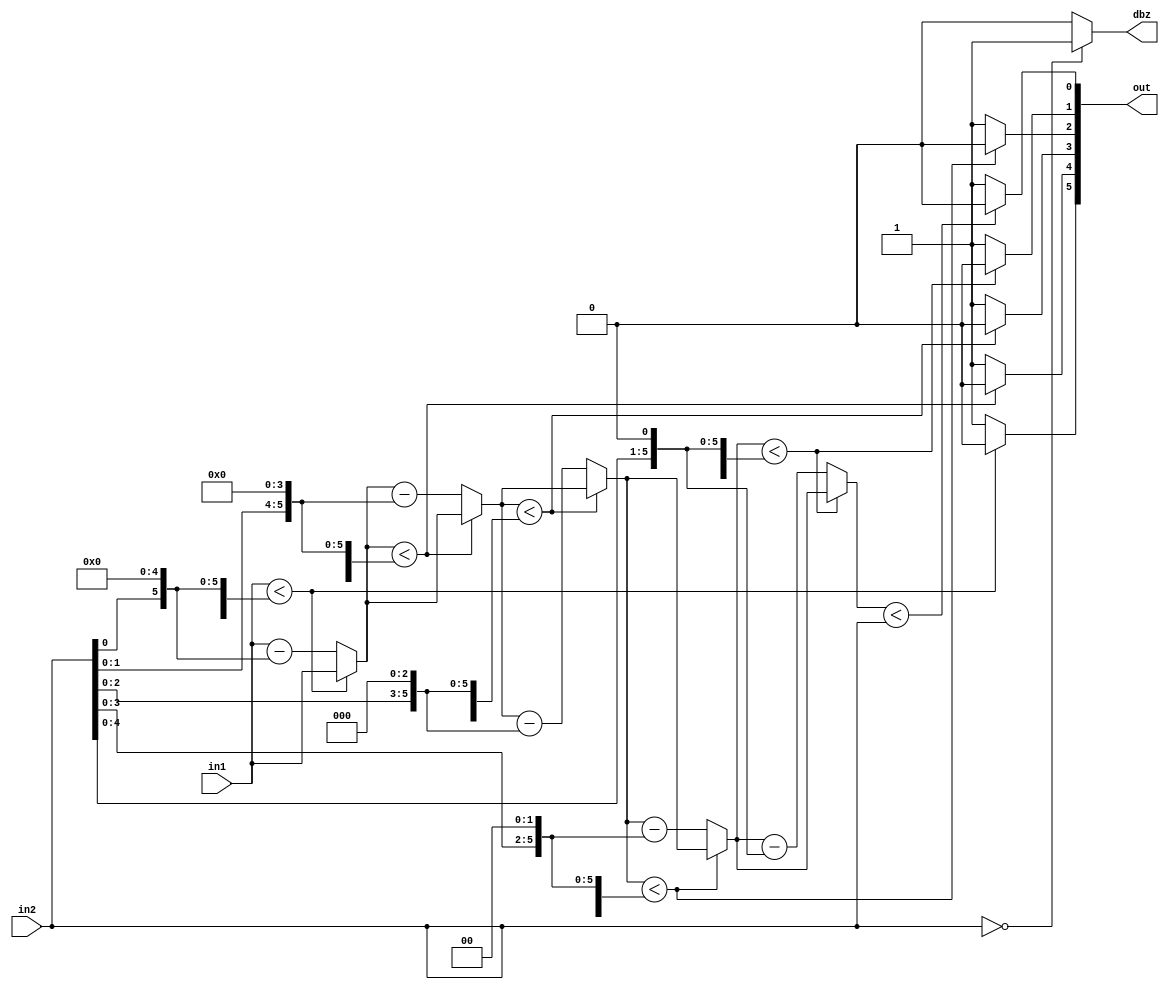
`timescale 1ns / 10ps
module div(out, in1, in2, dbz);

parameter width = 6;

input  	[width-1:0] in1; // Dividend   
input  	[width-1:0] in2; // Divisor
output  [width-1:0] out; // Quotient
output dbz;

/********************************/

reg [width-1:0] out;
reg [width-1:0] in1_;
reg [width-1:0] in3,in4,in5,in6,in7,in8;
reg [10:0] in2_;


assign dbz=(in2==0)?1:0;


 always@(*)
  begin
   
   in1_=in1;
   in2_={in2,5'b0};  
  
  end
   
   
always@(*)
    
    if(in1_<in2_)
        begin
        out[5]=0;
        in3=in1_;
        end
    else
      begin
        out[5]=1;
        in3=in1_-in2_;
      end
      
always@(*)    
    if(in3<(in2_>>1))
       begin
        out[4]=0;
        in4=in3;
        end
    else
      begin
        out[4]=1;
        in4=in3-(in2_>>1); 
      end 
      
always@(*)   
    if(in4<(in2_>>2))
       begin
        out[3]=0;
        in5=in4;
        end
    else
      begin
        out[3]=1;
        in5=in4-(in2_>>2);
         
      end 
      
always@(*)      
      if(in5<(in2_>>3))
      begin
        out[2]=0;
        in6=in5;
        end
    else
      begin
        out[2]=1;
        in6=in5-(in2_>>3);
         
      end 
      
always@(*)      
      if(in6<(in2_>>4))
       begin
        out[1]=0;
        in7=in6;
        end
    else
      begin
        out[1]=1;
        in7=in6-(in2_>>4);
      end 
  
always@(*)  
  if(in7<(in2_>>5))
      begin
        out[0]=0;
        in8=in7;
        end
    else
      begin
        out[0]=1;
        in8=in7-(in2_>>4); 
      end 
 
/********************************/

endmodule